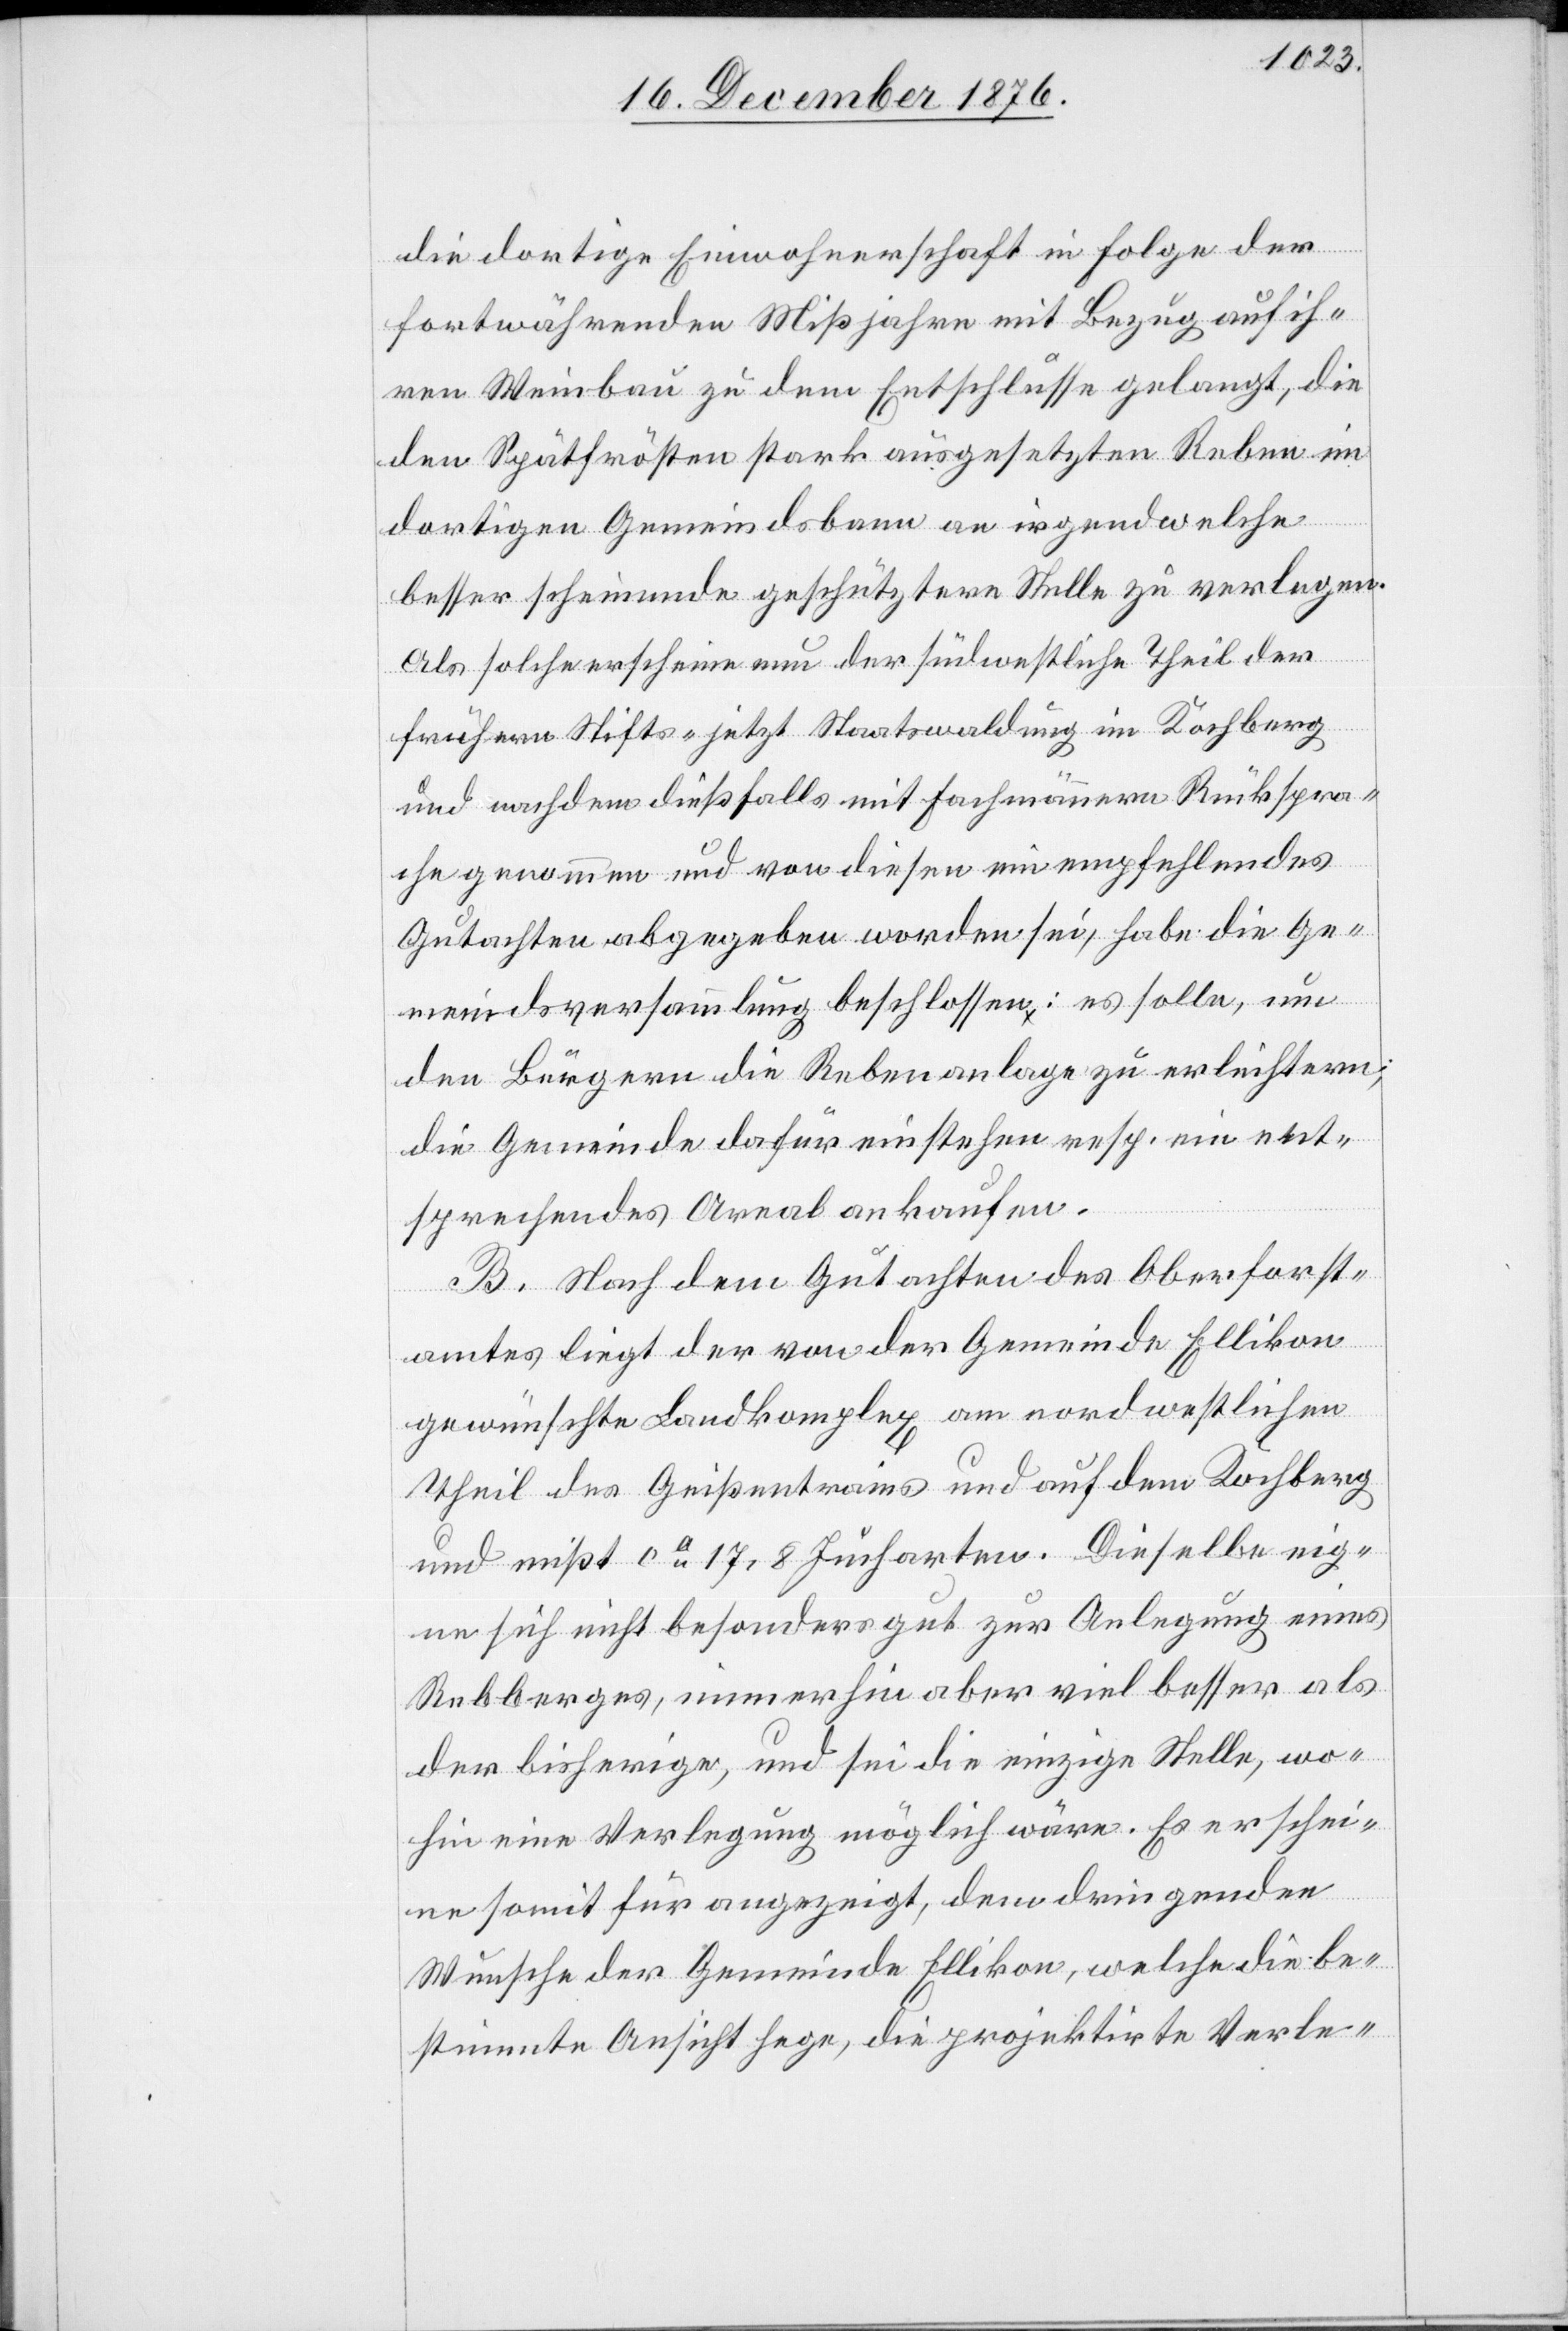
die dortige Einwohnerschaft in Folge der
fortwährenden Mißjahre mit Bezug auf ih¬
ren Weinbau zu dem Entschlusse gelangt, die
den Spätfrösten stark ausgesetzten Reben im
dortigen Gemeindsbann an irgendwelche
besser scheinende geschütztere Stelle zu verlegen.
Als solche erscheine nun der südwestliche Theil der
eig¬
frühern Stifts- jetzt Staatswaldung im Kochberg
und nachdem dießfalls mit Fachmännern Rückspra¬
che genommen und von diesen ein empfehlendes
Gutachten abgegeben worden sei, habe die Ge¬
meindsversammlung beschlossen: es solle, um
den Bürgern die Rebenanlage zu erleichtern,
die Gemeinde dafür einstehen resp. ein ent¬
sprechendes Areal ankaufen.
B. Nach dem Gutachten des Oberforst¬
amtes liegt der von der Gemeinde Ellikon
gewünschte Landkomplex am nordwestlichen
Theil des Geißentraines und auf dem Kochberg
und mißt ca 17,8 Jucharten. Dieselbe [sic!]
ne sich nicht besonders gut zur Anlegung eines
Rebberges, immerhin aber viel besser als
der bisherige, und sei die einzige Stelle, wo¬
hin eine Verlegung möglich wäre. Es erschie¬
ne somit für angezeigt, dem dringenden
Wunsche der Gemeinde Ellikon, welche die be¬
stimmte Ansicht hege, die projektirte Verle-